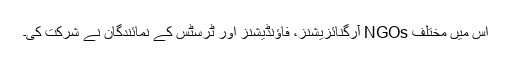
اس میں مختلف NGOs آرگنائزیشنز، فاؤنڈیشنز اور ٹرسٹس کے نمائندگان نے شرکت کی۔